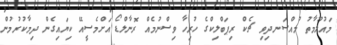
މައުލޫމާތު މުއްސަނދިވި ޗެކް ރިޕަބްލިކްގެ ހުރިހާ ވިސްނުމެއް ރޮނާލްޑޯ އަށްމެސީއޭ ކިޔައިގެން ދިމާކުރުމުން